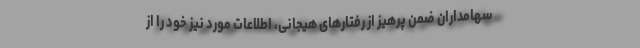
سهامداران ضمن پرهیز از رفتارهای هیجانی، اطلاعات مورد نیز خود را از